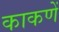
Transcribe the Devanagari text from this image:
काकणें